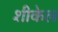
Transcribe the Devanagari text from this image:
शीकेल